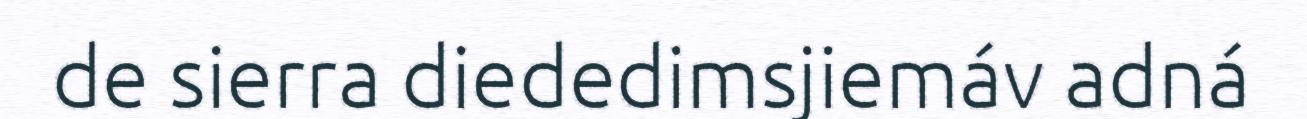
de sierra diededimsjiemáv adná